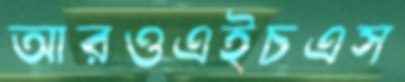
আরওএইচএস